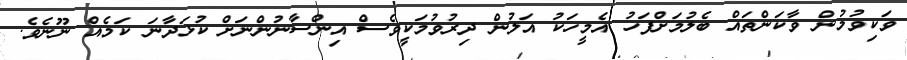
ވަކިވުމުން ވާކަންތައް ބެލުމަށްފަހު އެމީހަކު އަލުން ދިރުވުމަކީވެސް އިންސާނުންނަށް ކުޅަދާނަ ކަމެއް ނޫނެވެ.